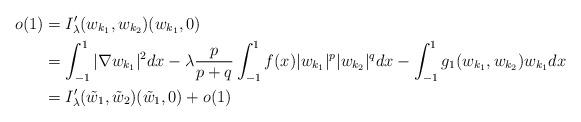
LaTeX: \begin{align*}o(1)&= I_\lambda' (w_{k_1},w_{k_2})(w_{k_1},0)\\&= \int_{-1}^1 |\nabla w_{k_1}|^2 dx-\lambda \frac{ p}{p+q}\int_{-1}^1f(x)\vert w_{k_1}\vert^p\vert w_{k_2}\vert^q dx-\int_{-1}^1 g_1(w_{k_1},w_{k_2}) w_{k_1} dx\\&= I_\lambda' (\tilde w_{1},\tilde w_{2})(\tilde w_{1},0)+ o(1)\end{align*}